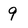
Character: 9